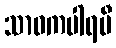
သာဝကပါရမီ